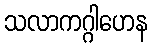
သလာကဂ္ဂါဟေန